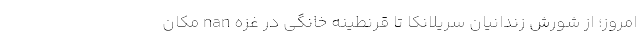
امروز؛ از شورش زندانیان سریلانکا تا قرنطینه خانگی در غزه nan مکان